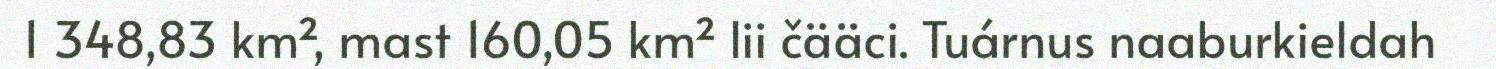
1 348,83 km², mast 160,05 km² lii čääci. Tuárnus naaburkieldah